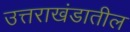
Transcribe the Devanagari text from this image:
उत्तराखंडातील